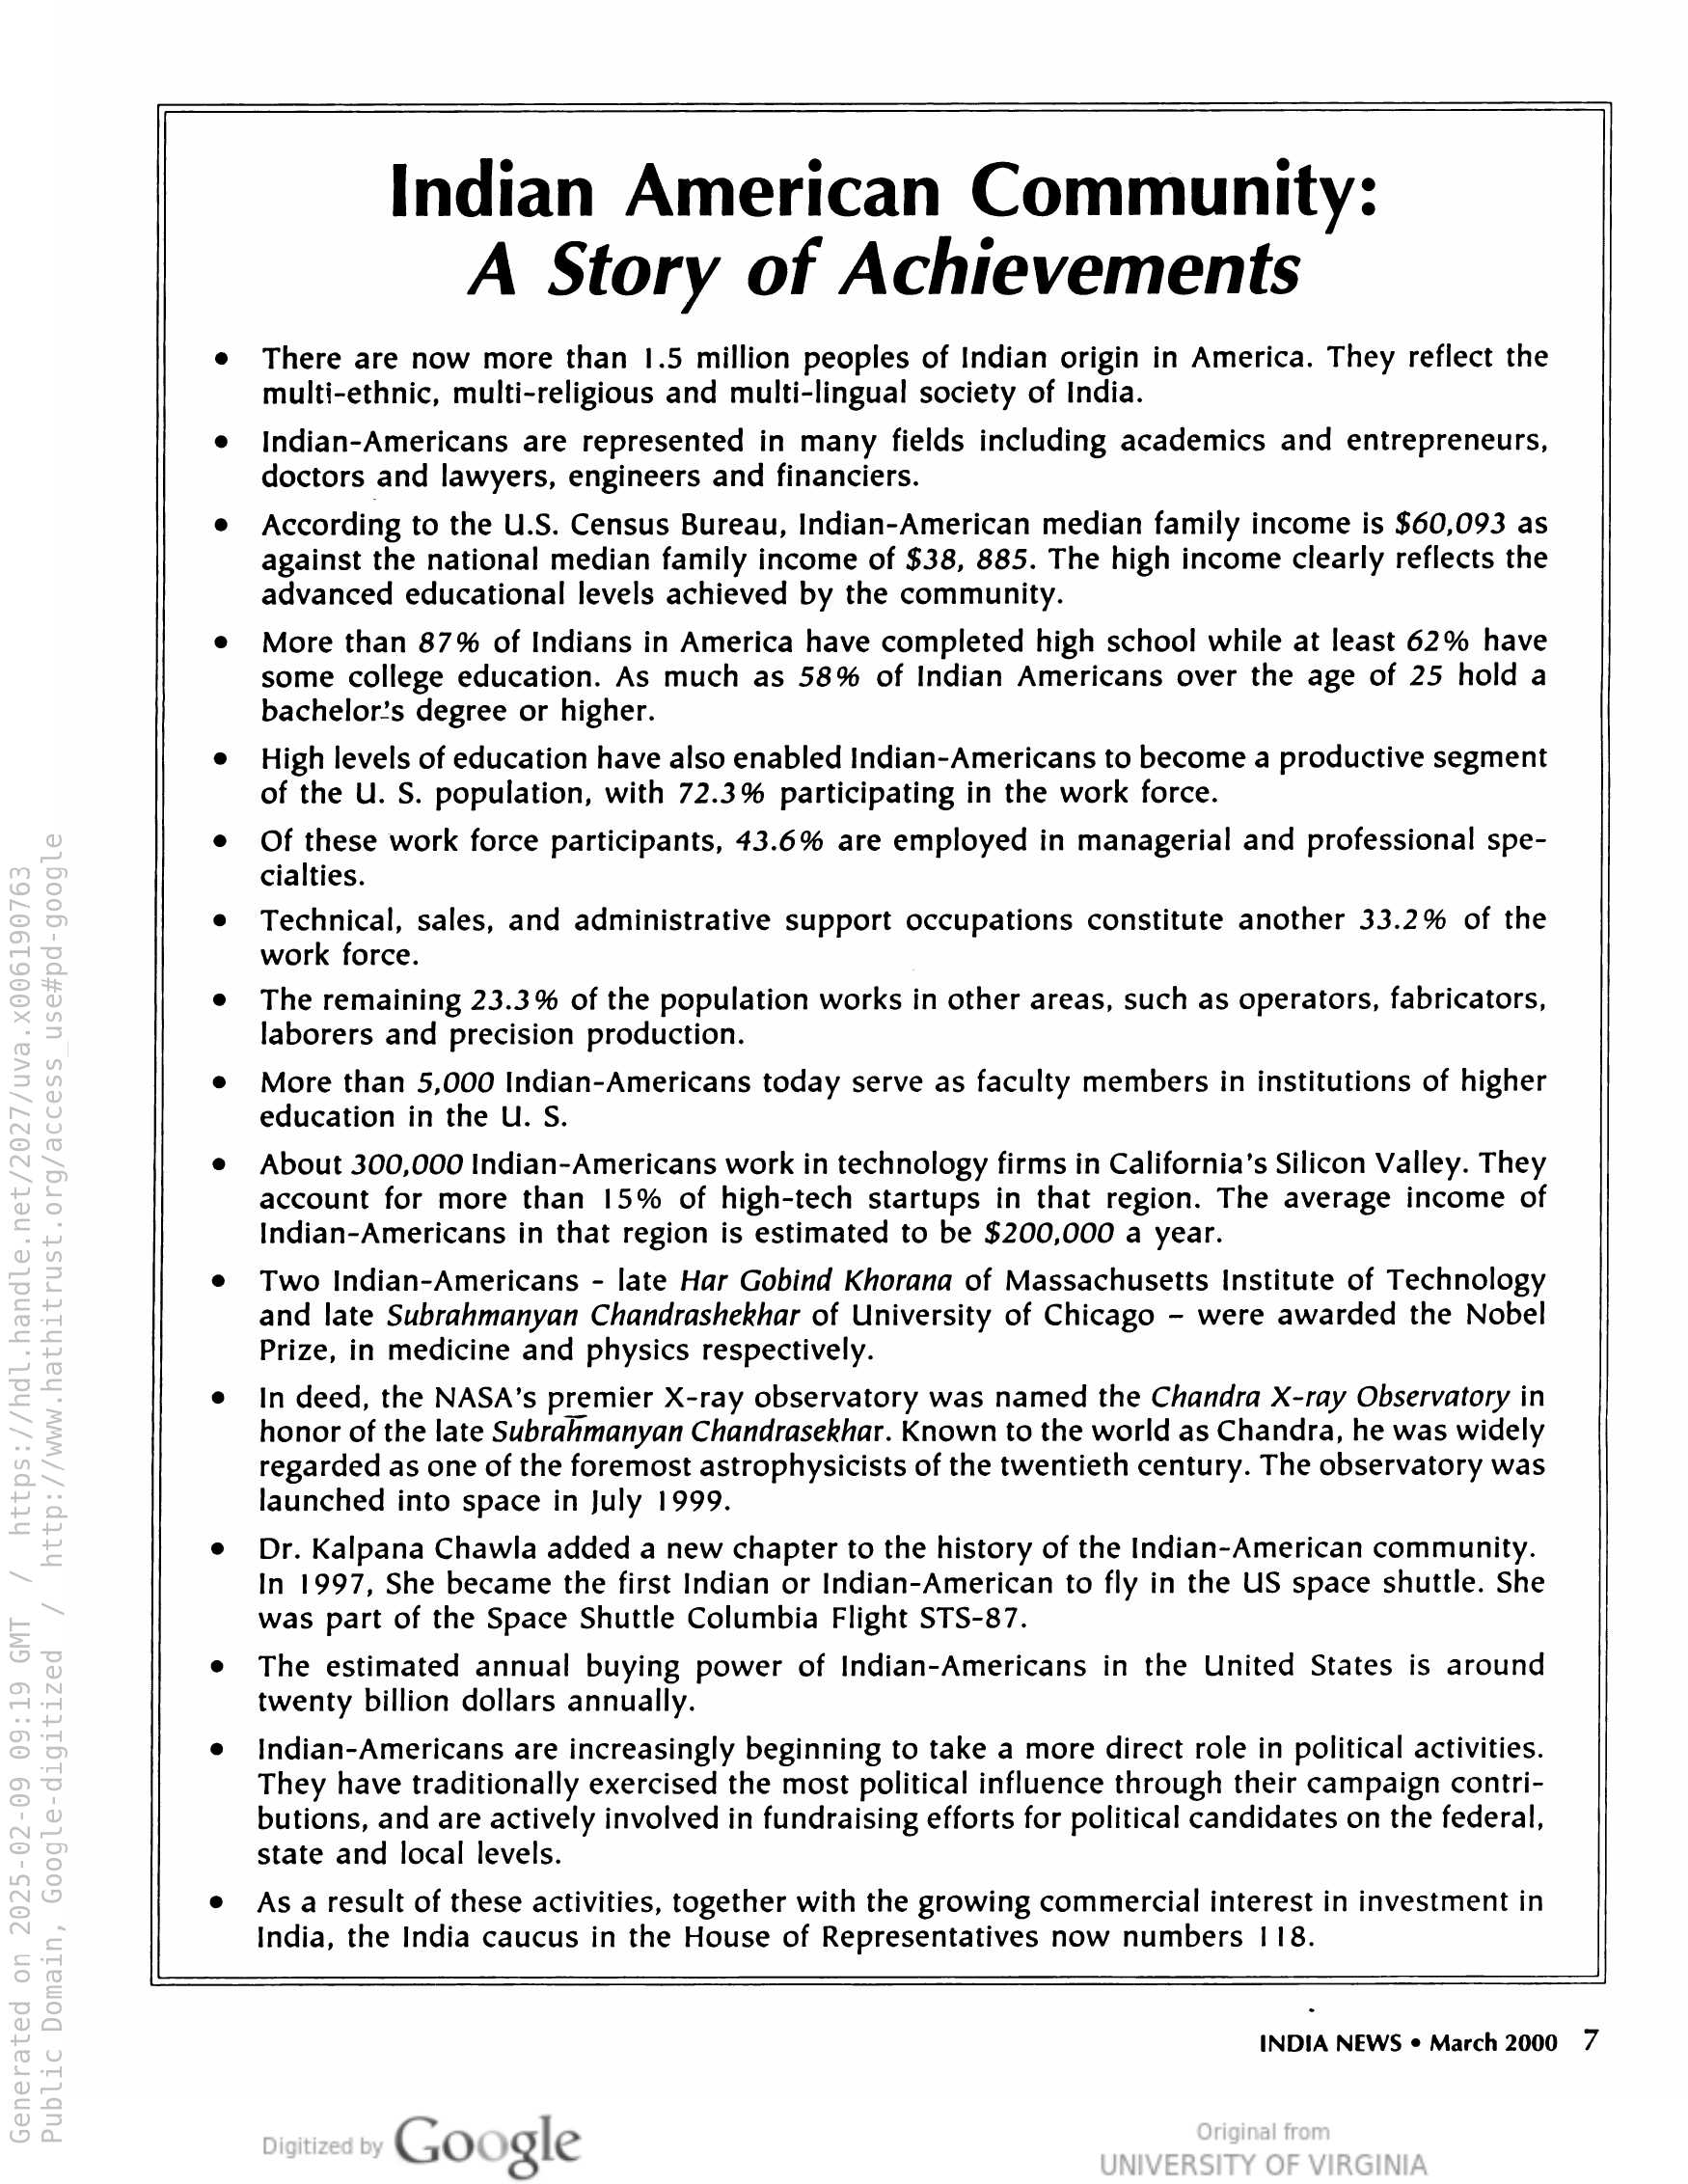
Indian American Community:
A Story of Achievements

There are now more than 1.5 million peoples of Indian origin in America. They reflect the
multi-ethnic, multi-religious and multi-lingual society of India.

Indian-Americans are represented in many fields including academics and entrepreneurs,
doctors and lawyers, engineers and financiers.

According to the U.S. Census Bureau, Indian-American median family income is $60,093 as
against the national median family income of $38, 885. The high income clearly reflects the
advanced educational levels achieved by the community.

More than 87% of Indians in America have completed high school while at least 62% have
some college education. As much as 58% of Indian Americans over the age of 25 hold a
bachelor’s degree or higher.

High levels of education have also enabled Indian-Americans to become a productive segment
of the U. S. population, with 72.3% participating in the work force.

Of these work force participants, 43.6% are employed in managerial and professional spe-
cialties.

Technical, sales, and administrative support occupations constitute another 33.2% of the
work force.

The remaining 23.3% of the population works in other areas, such as operators, fabricators,
laborers and precision production.

More than 5,000 Indian-Americans today serve as faculty members in institutions of higher
education in the U. S.

About 300,000 Indian-Americans work in technology firms in California’s Silicon Valley. They
account for more than 15% of high-tech startups in that region. The average income of
Indian-Americans in that region is estimated to be $200,000 a year.

Two Indian-Americans - late Har Gobind Khorana of Massachusetts Institute of Technology
and late Subrahmanyan Chandrashekhar of University of Chicago - were awarded the Nobel
Prize, in medicine and physics respectively.

In deed, the NASA’s premier X-ray observatory was named the Chandra X-ray Observatory in
honor of the late Subrahmanyan Chandrasekhar. Known to the world as Chandra, he was widely
regarded as one of the foremost astrophysicists of the twentieth century. The observatory was
launched into space in July 1999.

Dr. Kalpana Chawla added a new chapter to the history of the Indian-American community.
In 1997, She became the first Indian or Indian-American to fly in the US space shuttle. She
was part of the Space Shuttle Columbia Flight STS-87.

The estimated annual buying power of Indian-Americans in the United States is around
twenty billion dollars annually.

Indian-Americans are increasingly beginning to take a more direct role in political activities.
They have traditionally exercised the most political influence through their campaign contri-
butions, and are actively involved in fundraising efforts for political candidates on the federal,
state and local levels.

As a result of these activities, together with the growing commercial interest in investment in
India, the India caucus in the House of Representatives now numbers 118.

INDIA NEWS ¢ March 2000 7

Go gle